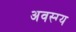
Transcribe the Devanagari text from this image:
अवस्ग्य